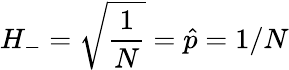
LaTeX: H_{-}=\sqrt{\frac{1}{N}}=\hat{p}=1/N